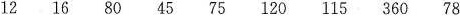
121680457512011536078